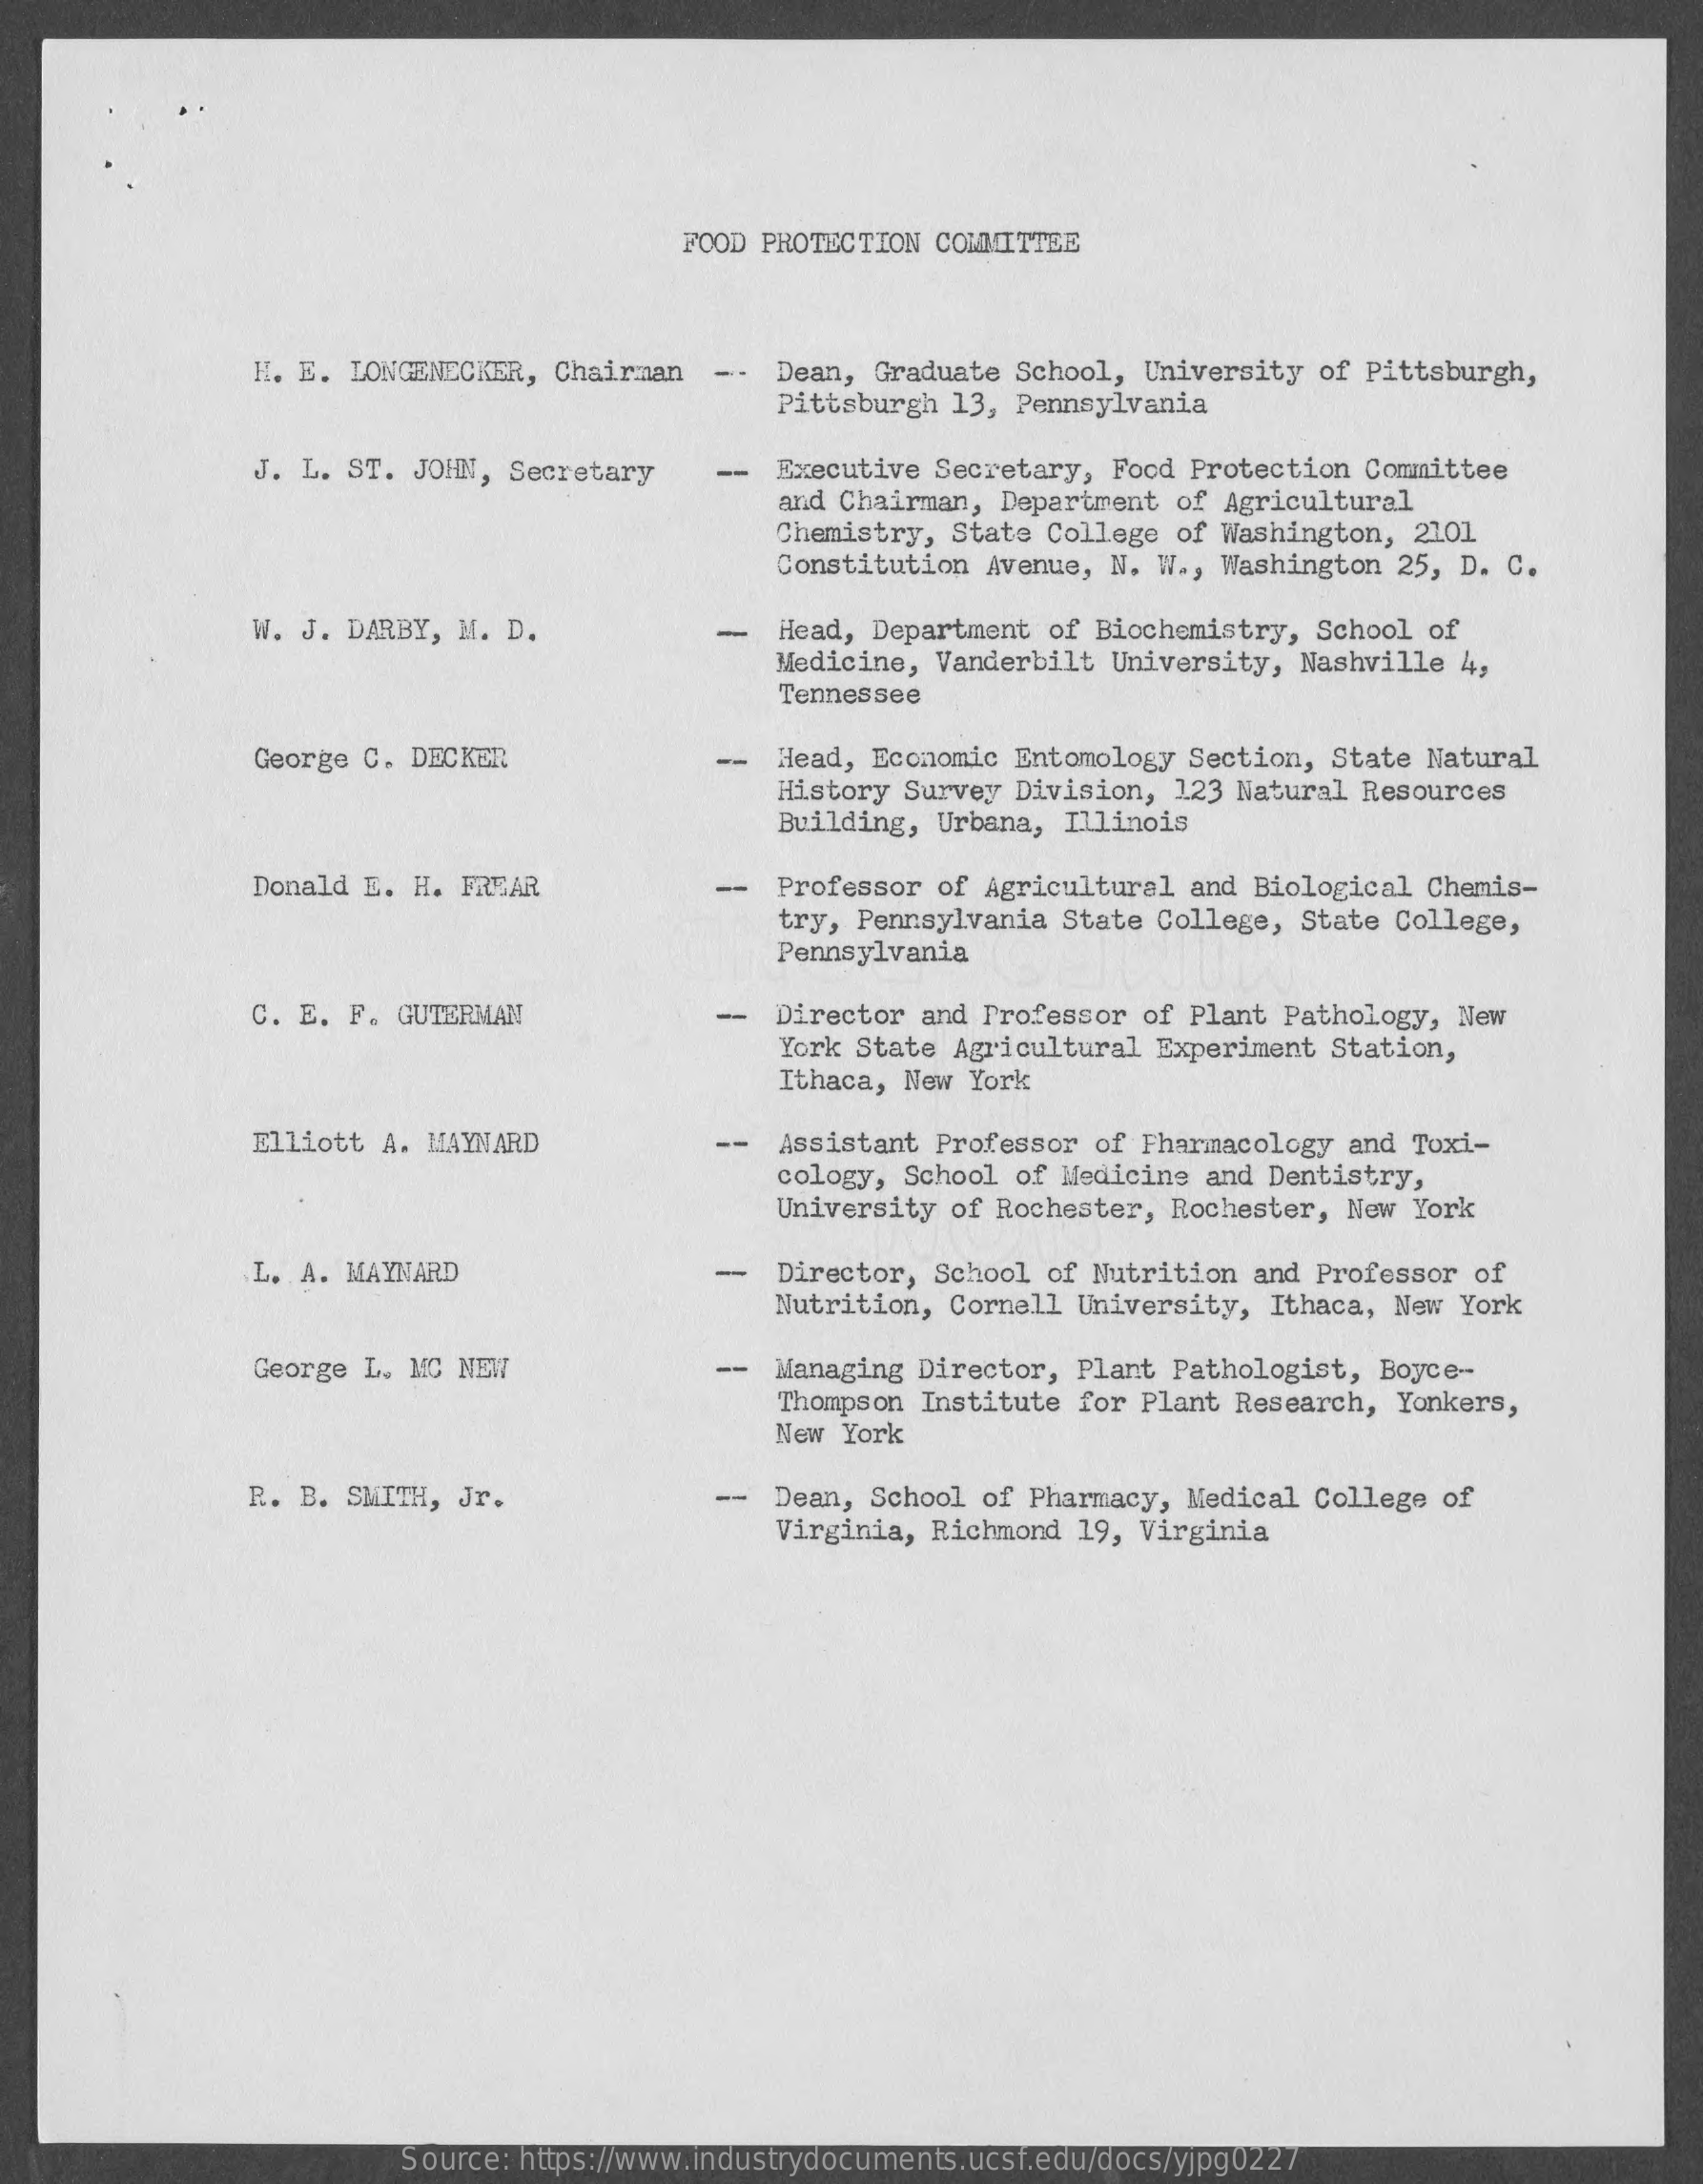
FOOD PROTECTION COMMITTEE
     H. E. LONGENECKER, Chairman -- Dean, Graduate School, University of Pittsburgh,
     Pittsburgh 13, Pennsylvania
     J. L. ST. JOHN, Secretary - Executive Secretary, Food Protection Committee
     and Chairman, Department of Agricultural
     Chemistry, State College of Washington, 2101
     Constitution Avenue, N. W ., Washington 25, D. C.
     W. J. DARBY, M. D.    -  Head, Department of Biochemistry, School of
     Medicine, Vanderbilt University, Nashville 4,
     Tennessee
     George C. DECKER    -  Head, Economic Entomology Section, State Natural
     History Survey Division, 123 Natural Resources
     Building, Urbana, Illinois
     Donald E. H. FREAR    -- Professor of Agricultural and Biological Chemis-
     try, Pennsylvania State College, State College,
     Pennsylvania
     C. E. F. GUTERMAN    -  Director and Professor of Plant Pathology, New
     York State Agricultural Experiment Station,
     Ithaca, New York
     Elliott A. MAYNARD    -- Assistant Professor of Pharmacology and Toxi-
     cology, School of Medicine and Dentistry,
     University of Rochester, Rochester, New York
     L. A. MAYNARD    -  Director, School of Nutrition and Professor of
     Nutrition, Cornell University, Ithaca, New York
     George L. MC NEW    -- Managing Director, Plant Pathologist, Boyce --
     Thompson Institute for Plant Research, Yonkers,
     New York
     R. B. SMITH, Jr.    -- Dean, School of Pharmacy, Medical College of
     Virginia, Richmond 19, Virginia
     Source: https://www.industrydocuments.ucsf.edu/docs/yjpg0227